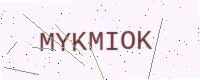
Text: MYKMIOK